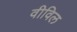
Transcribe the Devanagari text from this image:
वीविल